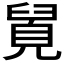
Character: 𮍯